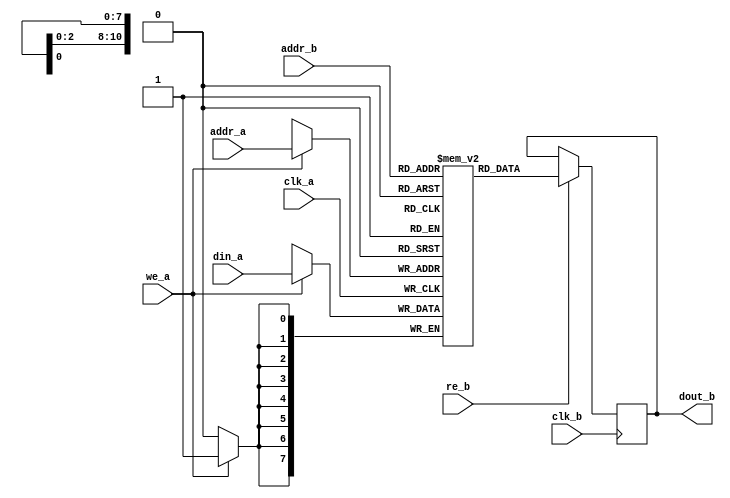
`timescale 1ns / 1ps

module true_dp_bram
#(
    parameter DEPTH = 2000,
    parameter WIDTH = 8
)(
    input clk_a, we_a, re_b,
    input [10:0] addr_a, addr_b,
    input clk_b,
    input [WIDTH-1:0] din_a, 
    output [WIDTH-1:0] dout_b
);
    
reg [WIDTH-1:0] memory[DEPTH-1:0];
reg [WIDTH-1:0] dout_reg_b;

integer i;
initial begin
  for (i=0;i<DEPTH;i=i+1)
    memory[i] = 0;
end

// Read first 
always @ (posedge clk_a)
begin
    if (we_a)
        memory[addr_a] <= din_a;
end
        
        
always @ (posedge clk_b)
begin
    if (re_b)
        dout_reg_b <= memory[addr_b];
end
    
assign dout_b = dout_reg_b;

endmodule